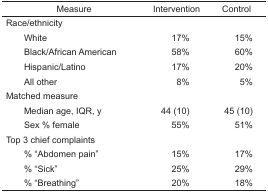
<table><thead><tr><td><b>Measure</b></td><td><b>Intervention</b></td><td><b>Control</b></td></tr></thead><tbody><tr><td colspan="3">Race/ethnicity</td></tr><tr><td> White</td><td>17%</td><td>15%</td></tr><tr><td> Black/African American</td><td>58%</td><td>60%</td></tr><tr><td> Hispanic/Latino</td><td>17%</td><td>20%</td></tr><tr><td> All other</td><td>8%</td><td>5%</td></tr><tr><td colspan="3">Matched measure</td></tr><tr><td> Median age, IQR, y</td><td>44 (10)</td><td>45 (10)</td></tr><tr><td> Sex % female</td><td>55%</td><td>51%</td></tr><tr><td colspan="3">Top 3 chief complaints</td></tr><tr><td> % “Abdomen pain”</td><td>15%</td><td>17%</td></tr><tr><td> % “Sick”</td><td>25%</td><td>29%</td></tr><tr><td> % “Breathing”</td><td>20%</td><td>18%</td></tr></tbody></table>